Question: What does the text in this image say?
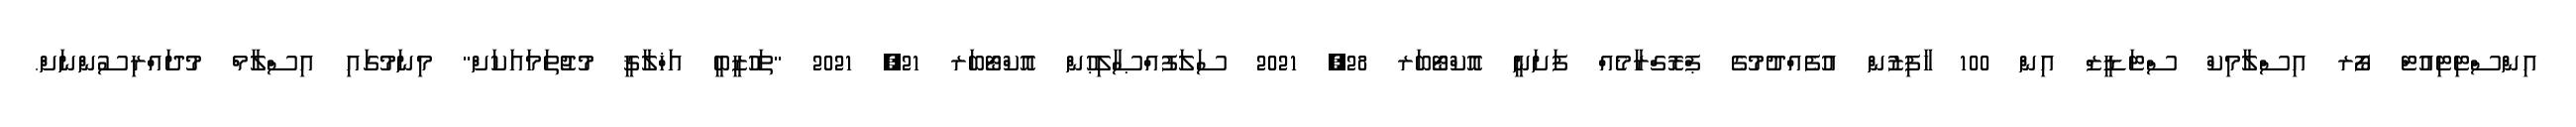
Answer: އިންސްޓިޓިއުޓް ފޯރ އިސްލާމިކް ސްޓަޑީޒް އިން 100 ހާފިޒުން އުފެއްދުމުގެ ޕްރޮގްރާމެއް ފަށަނީ އޮކްޓޯބަރ 28, 2021 ސަލަފުއްޞާލިޙުން އޮކްޓޯބަރ 21, 2021 "ތަހުޒީބީ އަޚްލާޤީ މުޖުތަމައަކަށް" މިނަމުގައި އިސްލާމް މުދައްރިސުންނަށް.